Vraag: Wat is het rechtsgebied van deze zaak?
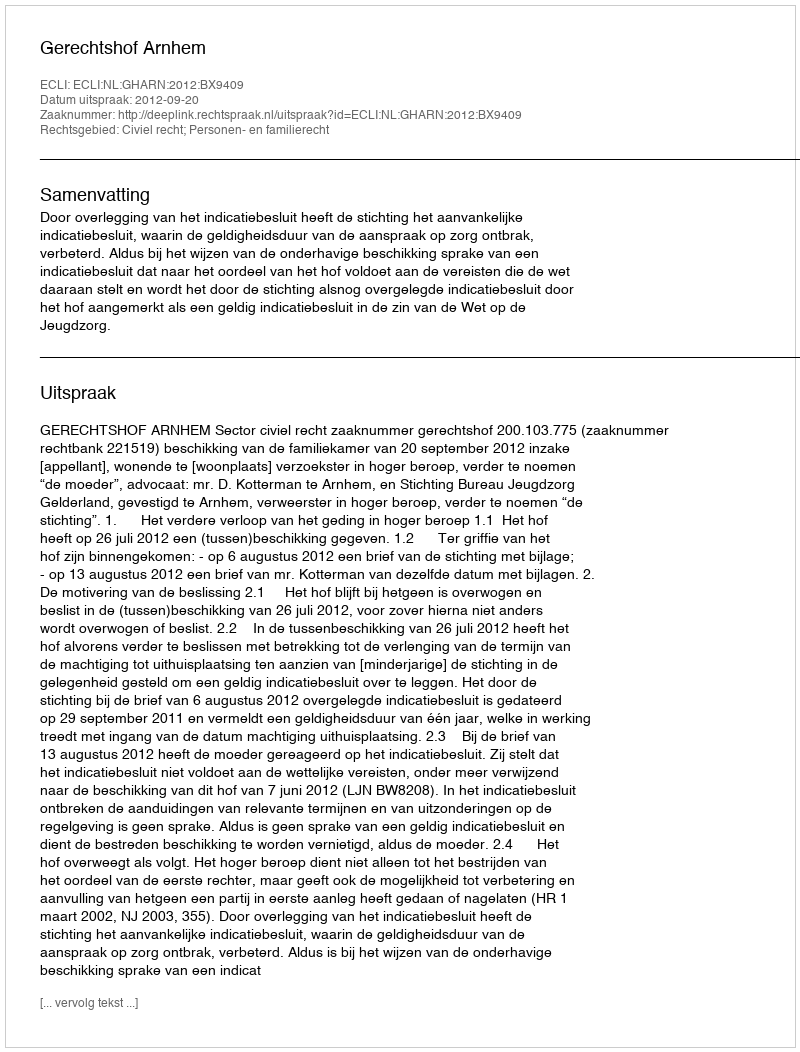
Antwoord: Civiel recht; Personen- en familierecht